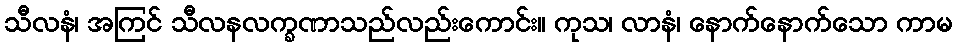
သီလနံ၊ အကြင် သီလနလက္ခဏာသည်လည်းကောင်း။ ကုသ၊ လာနံ၊ နောက်နောက်သော ကာမ